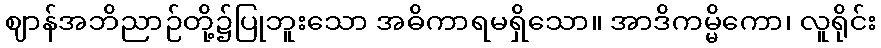
ဈာန်အဘိညာဉ်တို့၌ပြုဘူးသော အဓိကာရမရှိသော။ အာဒိကမ္မိကော၊ လူရိုင်း